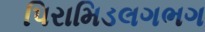
પિરામિડલગભગ